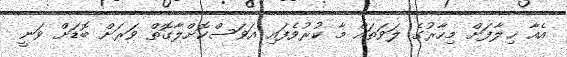
އެއާ ޚިލާފަށް މިހާރުގެ ލަވަތައް މާ ކުރުވެފައި އަވަސްކޮށްލާގޮތް ވަރަށް ބޮޑަށް ވަނީ